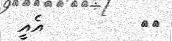
٣٠         އެއީ